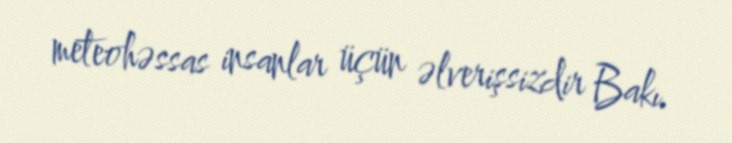
meteohəssas insanlar üçün əlverişsizdir Bakı.